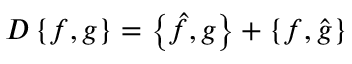
D \left\{ f , g \right\} = \left\{ { \hat { f } } , g \right\} + \left\{ f , { \hat { g } } \right\}